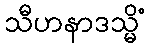
သီဟနာဒသ္မိံ